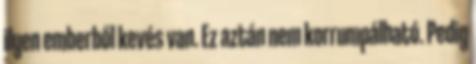
ilyen emberből kevés van. Ez aztán nem korrumpálható. Pedig